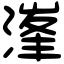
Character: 𣺿